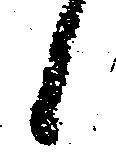
候